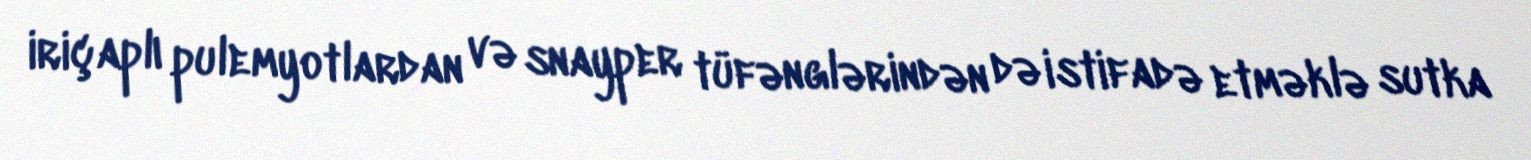
iriçaplı pulemyotlardan və snayper tüfənglərindən də istifadə etməklə sutka